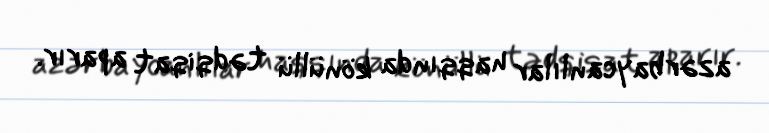
azərbaycanlılar haqqında könüllü tədqiqat aparır.